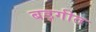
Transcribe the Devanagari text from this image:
बड़गीत